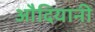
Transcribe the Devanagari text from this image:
औदियानी